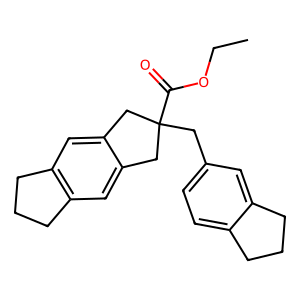
SMILES: CCOC(=O)C1(Cc2ccc3c(c2)CCC3)Cc2cc3c(cc2C1)CCC3
Inhibits HIV replication: No